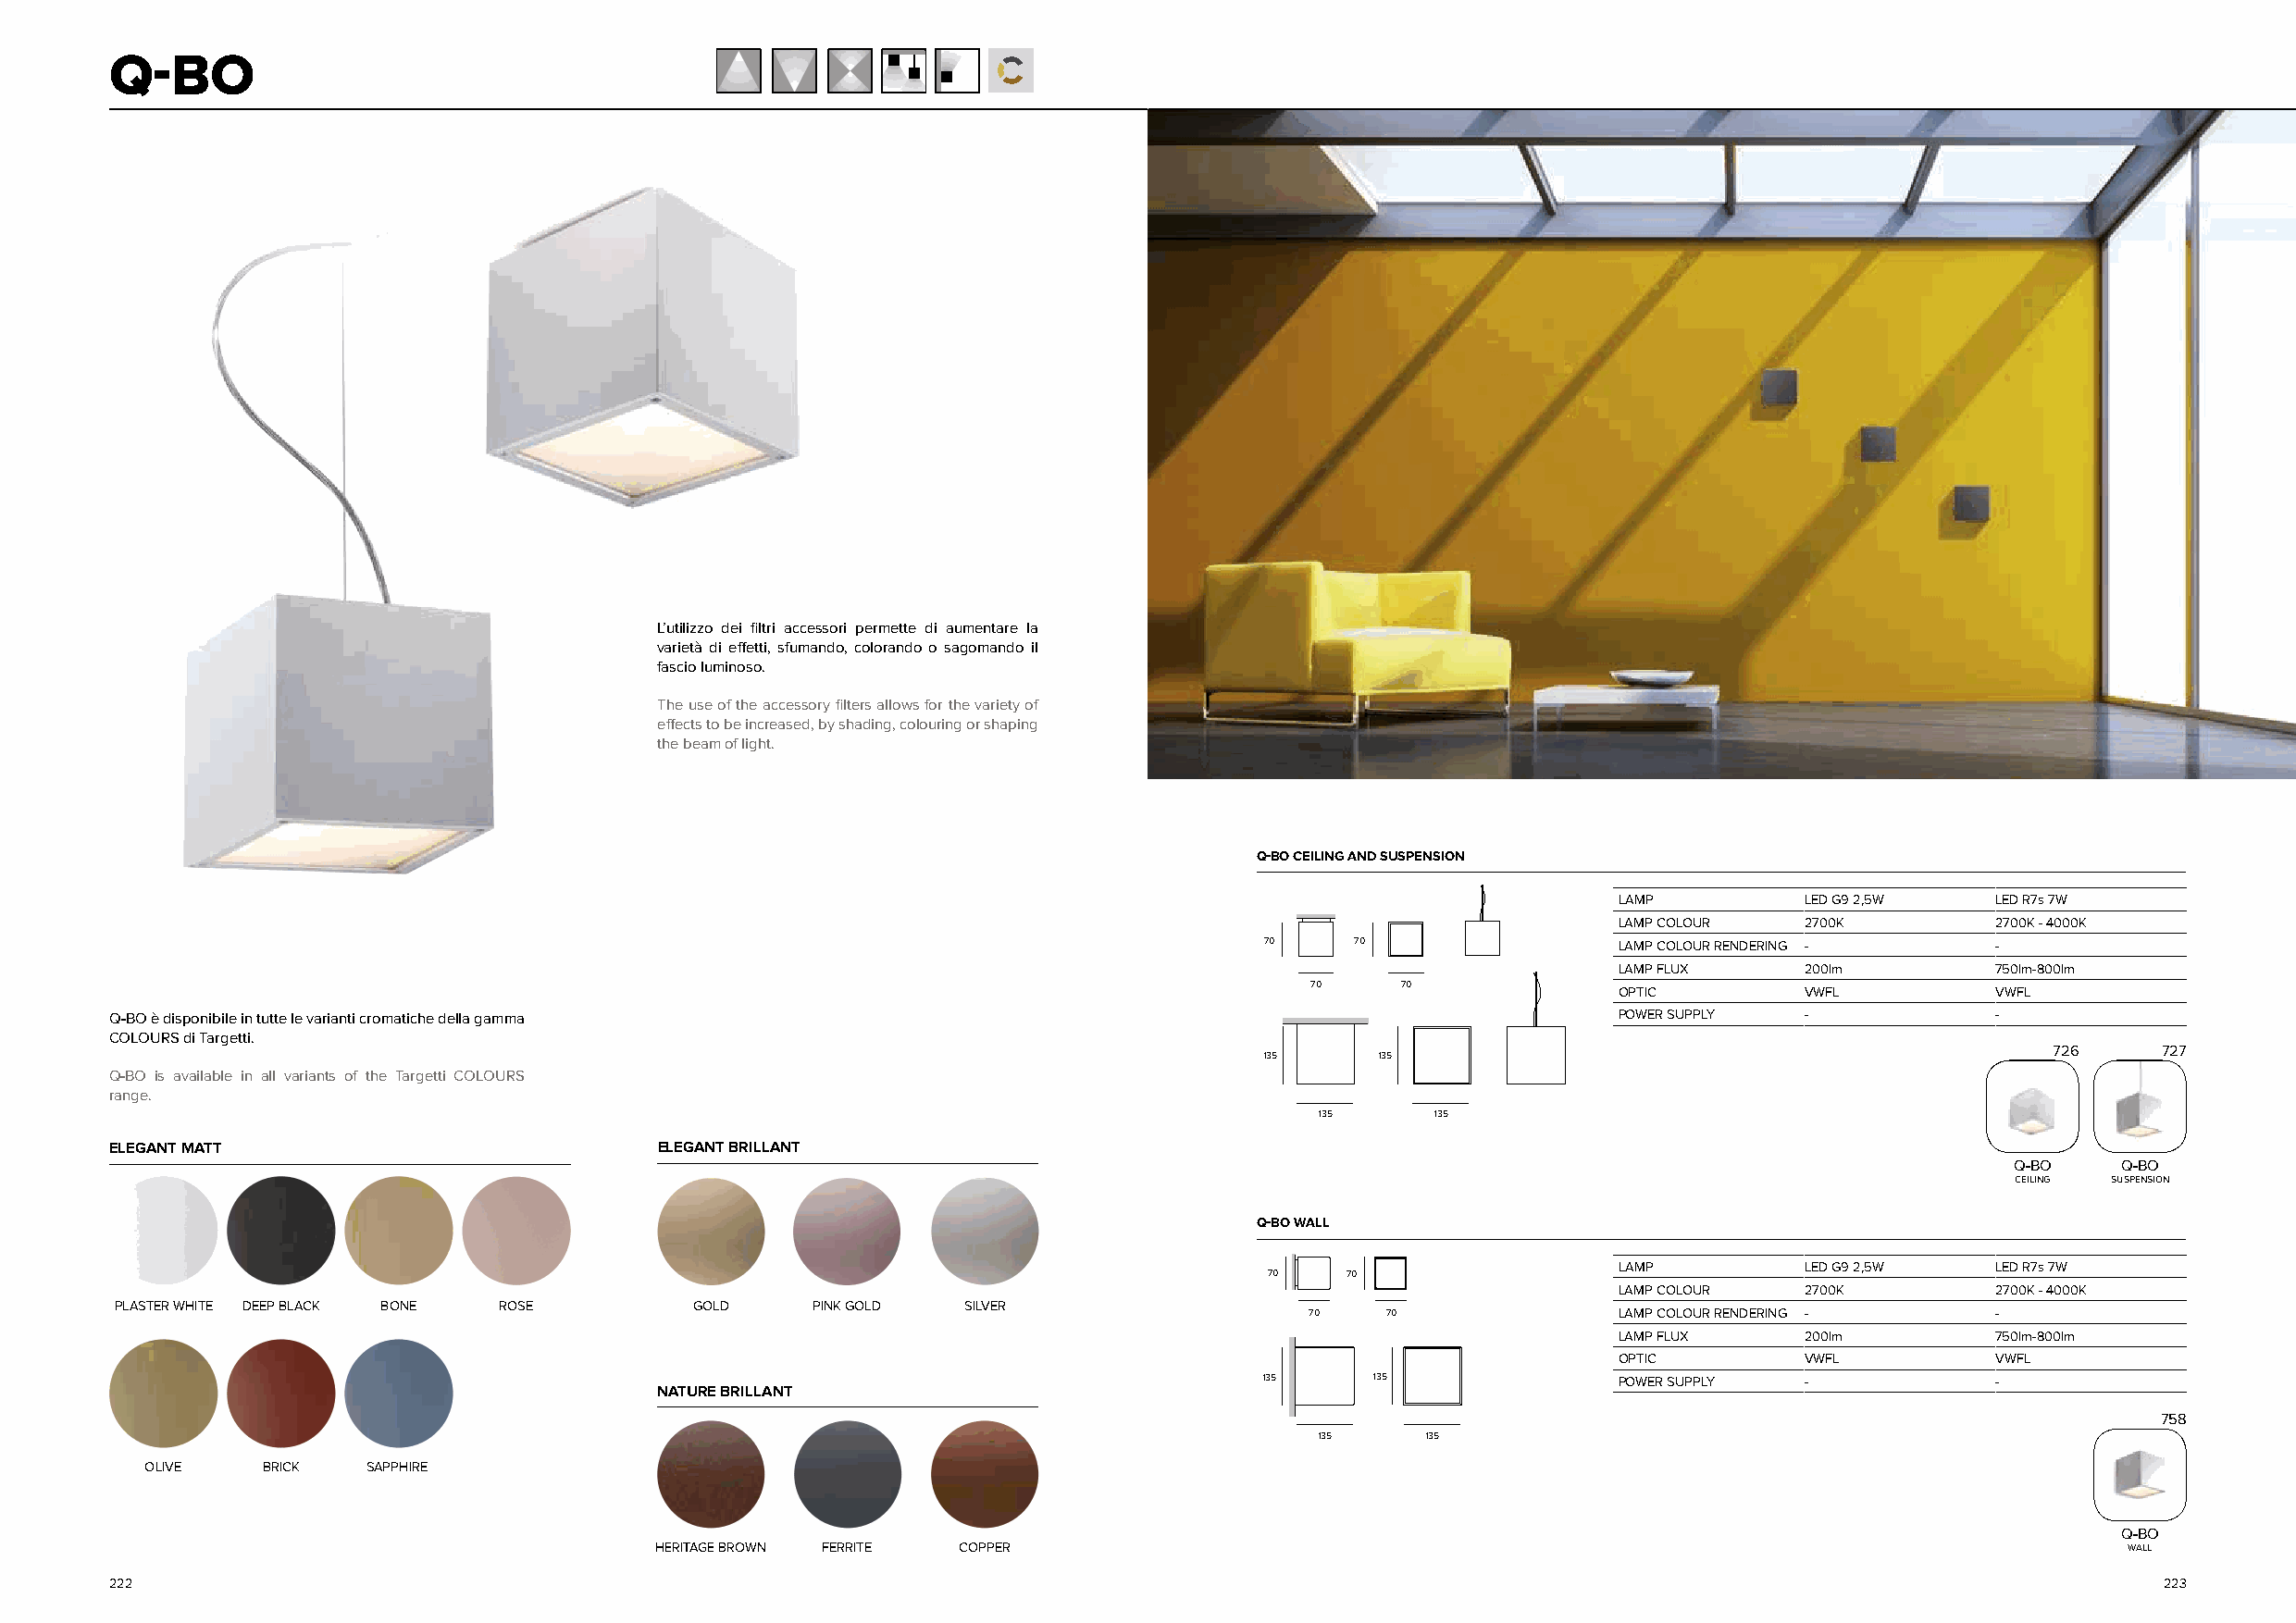
Q-BO
 L’utilizzo dei filtri accessori permette di aumentare la
 varietà di effetti, sfumando, colorando o sagomando il
 fascio luminoso.
 The use of the accessory filters allows for the variety of
 effects to be increased, by shading, colouring or shaping
 the beam of light.
 Q-BO CEILING AND SUSPENSION
 LAMP         LED G9 2,5W   LED R7s 7W
 LAMP COLOUR  2700K         2700K - 4000K
 70     70                 LAMP COLOUR RENDERING -    -
 LAMP FLUX    200lm         750lm-800lm
 70    70
 OPTIC        VWFL          VWFL
 Q-BO è disponibile in tutte le varianti cromatiche della gamma                                              POWER SUPPLY -             -
 COLOURS di Targetti.
 726     727
 135      135
 Q-BO is available in all variants of the Targetti COLOURS
 range.
 135      135
 ELEGANT MATT                           ELEGANT BRILLANT
 Q-BO    Q-BO
 CEILING SUSPENSION
 Q-BO WALL
 LAMP         LED G9 2,5W   LED R7s 7W
 70   70
 LAMP COLOUR  2700K         2700K - 4000K
 PLASTER WHITE DEEP BLACK BONE ROSE        GOLD    PINK GOLD  SILVER
 70   70               LAMP COLOUR RENDERING -    -
 LAMP FLUX    200lm         750lm-800lm
 OPTIC        VWFL          VWFL
 135     135               POWER SUPPLY -             -
 NATURE BRILLANT
 758
 135     135
 OLIVE    BRICK  SAPPHIRE
 Q-BO
 HERITAGE BROWN FERRITE COPPER                                                                            WALL
 222                                                                                                                                                223